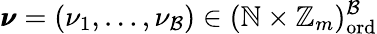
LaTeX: \pmb{\nu}=(\nu_{1},\dots,\nu_{\mathcal{B}})\in(\mathbb{N}\times\mathbb{Z}_{m})_{\mathrm{ord}}^{\mathcal{B}}